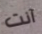
آنت